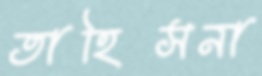
তাহিসনা